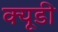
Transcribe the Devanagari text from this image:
क्यूडी